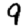
Digit: 9